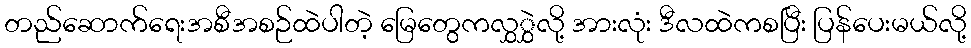
တည်ဆောက်ရေးအစီအစဉ်ထဲပါတဲ့ မြေတွေကလွှွှဲလို့ အားလုံး ဒီလထဲကစပြီး ပြန်ပေးမယ်လို့